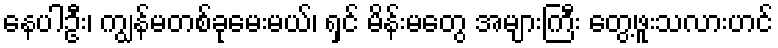
နေပါဦး၊ ကျွန်မတစ်ခုမေးမယ်၊ ရှင် မိန်းမတွေ အများကြီး တွေ့ဖူးသလားဟင်